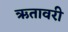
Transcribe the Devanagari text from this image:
ऋतावरी